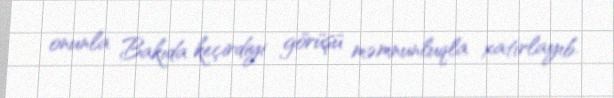
onunla Bakıda keçirdiyi görüşü məmnunluqla xatırlayıb.